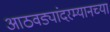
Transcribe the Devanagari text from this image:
आठवड्यांदरम्यानच्या